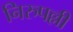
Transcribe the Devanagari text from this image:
निरुपल्ली